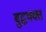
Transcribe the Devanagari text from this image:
बुद्धभक्त